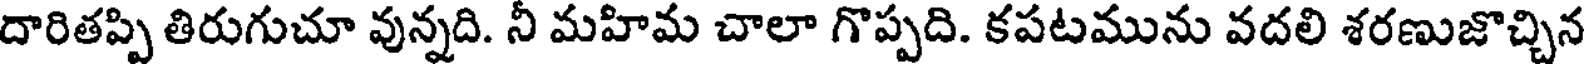
దారితప్పి తిరుగుచూ వున్నది. నీ మహిమ చాలా గొప్పది. కపటమును వదలి శరణుజొచ్చిన